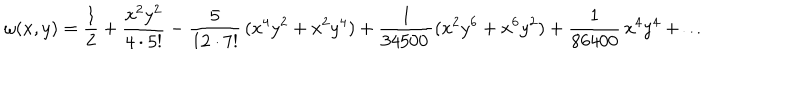
LaTeX: \omega ( x , y ) = \frac { 1 } { 2 } + \frac { x ^ { 2 } y ^ { 2 } } { 4 \cdot 5 ! } - \frac { 5 } { 1 2 \cdot 7 ! } \, ( x ^ { 4 } y ^ { 2 } + x ^ { 2 } y ^ { 4 } ) + \frac { 1 } { 3 4 5 0 0 \, } ( x ^ { 2 } y ^ { 6 } + x ^ { 6 } y ^ { 2 } ) + \frac { 1 } { 8 6 4 0 0 } \, x ^ { 4 } y ^ { 4 } + \ldots